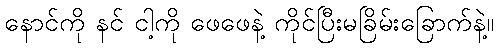
နောင်ကို နင် ငါ့ကို ဖေဖေနဲ့ ကိုင်ပြီးမခြိမ်းခြောက်နဲ့။